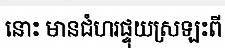
នោះ មានជំហរផ្ទុយស្រឡះពី